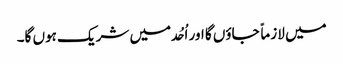
میں لازماً جاؤں گا اور اُحُد میں شریک ہوں گا۔